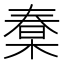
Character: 𣕮